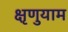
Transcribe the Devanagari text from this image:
क्षृणुयाम